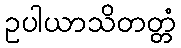
ဥပါယာသိတတ္တံ